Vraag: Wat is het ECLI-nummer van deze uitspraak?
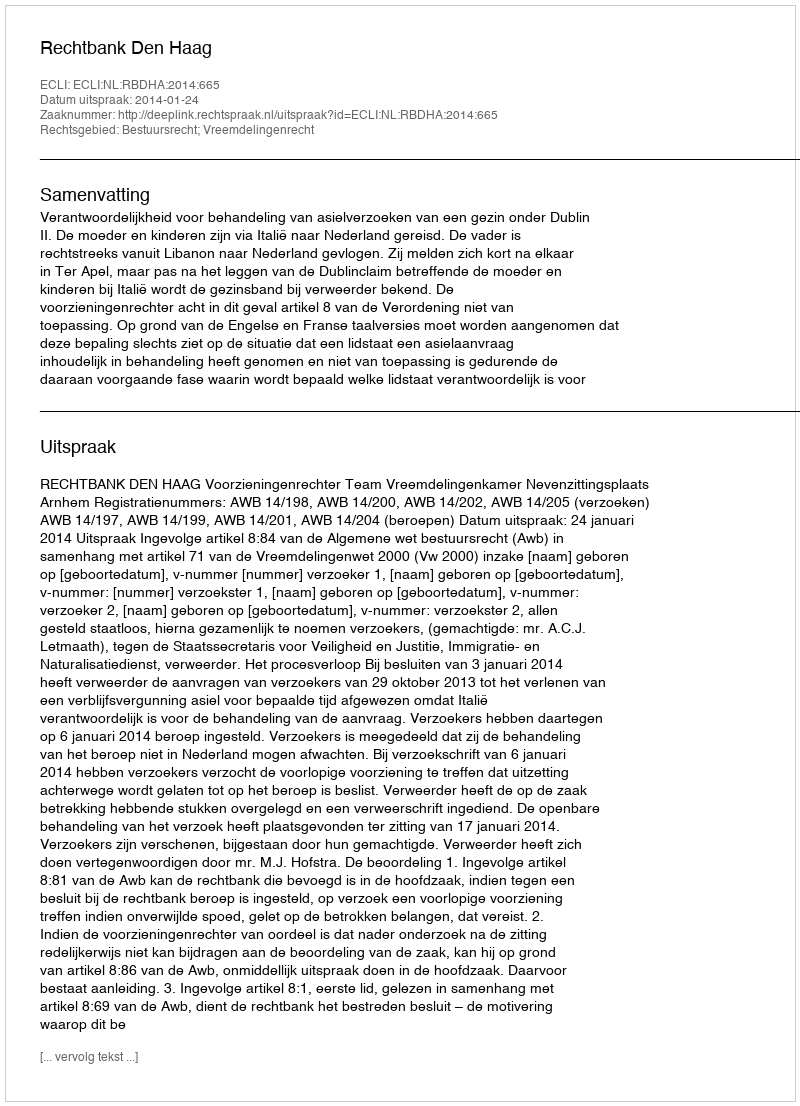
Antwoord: ECLI:NL:RBDHA:2014:665